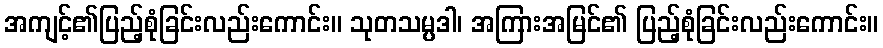
အကျင့်၏ပြည့်စုံခြင်းလည်းကောင်း။ သုတသမ္ပဒါ၊ အကြားအမြင်၏ ပြည့်စုံခြင်းလည်းကောင်း။